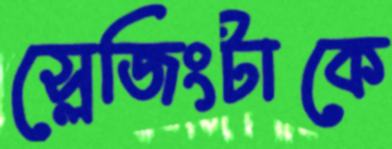
স্লেজিংটাকে